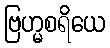
ဗြဟ္မစရိယေ